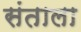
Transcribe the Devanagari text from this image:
संताला